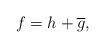
LaTeX: \begin{align*}f = h + \overline{g},\end{align*}